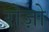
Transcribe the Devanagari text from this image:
रोज़ो